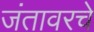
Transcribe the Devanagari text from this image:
जंतावरचे